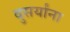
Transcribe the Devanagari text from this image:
दुसर्यांना